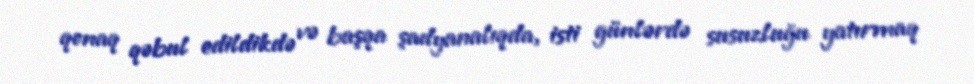
qonaq qəbul edildikdə və başqa şadyanalıqda, isti günlərdə susuzluğu yatırmaq